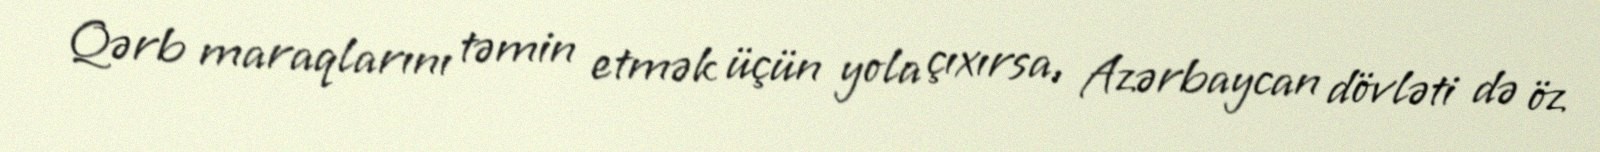
Qərb maraqlarını təmin etmək üçün yola çıxırsa, Azərbaycan dövləti də öz